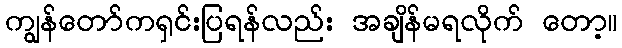
ကျွန်တော်ကရှင်းပြရန်လည်း အချိန်မရလိုက် တော့။